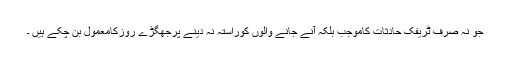
جو نہ صرف ٹریفک حادثات کاموجب بلکہ آنے جانے والوں کوراستہ نہ دینے پرجھگڑے روزکامعمول بن چکے ہیں ۔